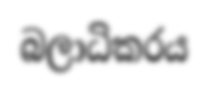
බලාධිකරය